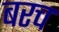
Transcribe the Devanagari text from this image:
बरच